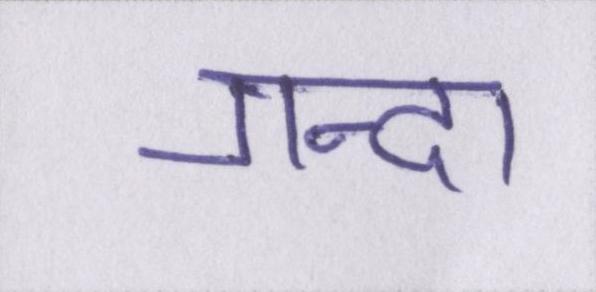
गन्दा